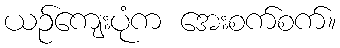
ယဉ်ကျေးပုံက အေးစက်စက်။